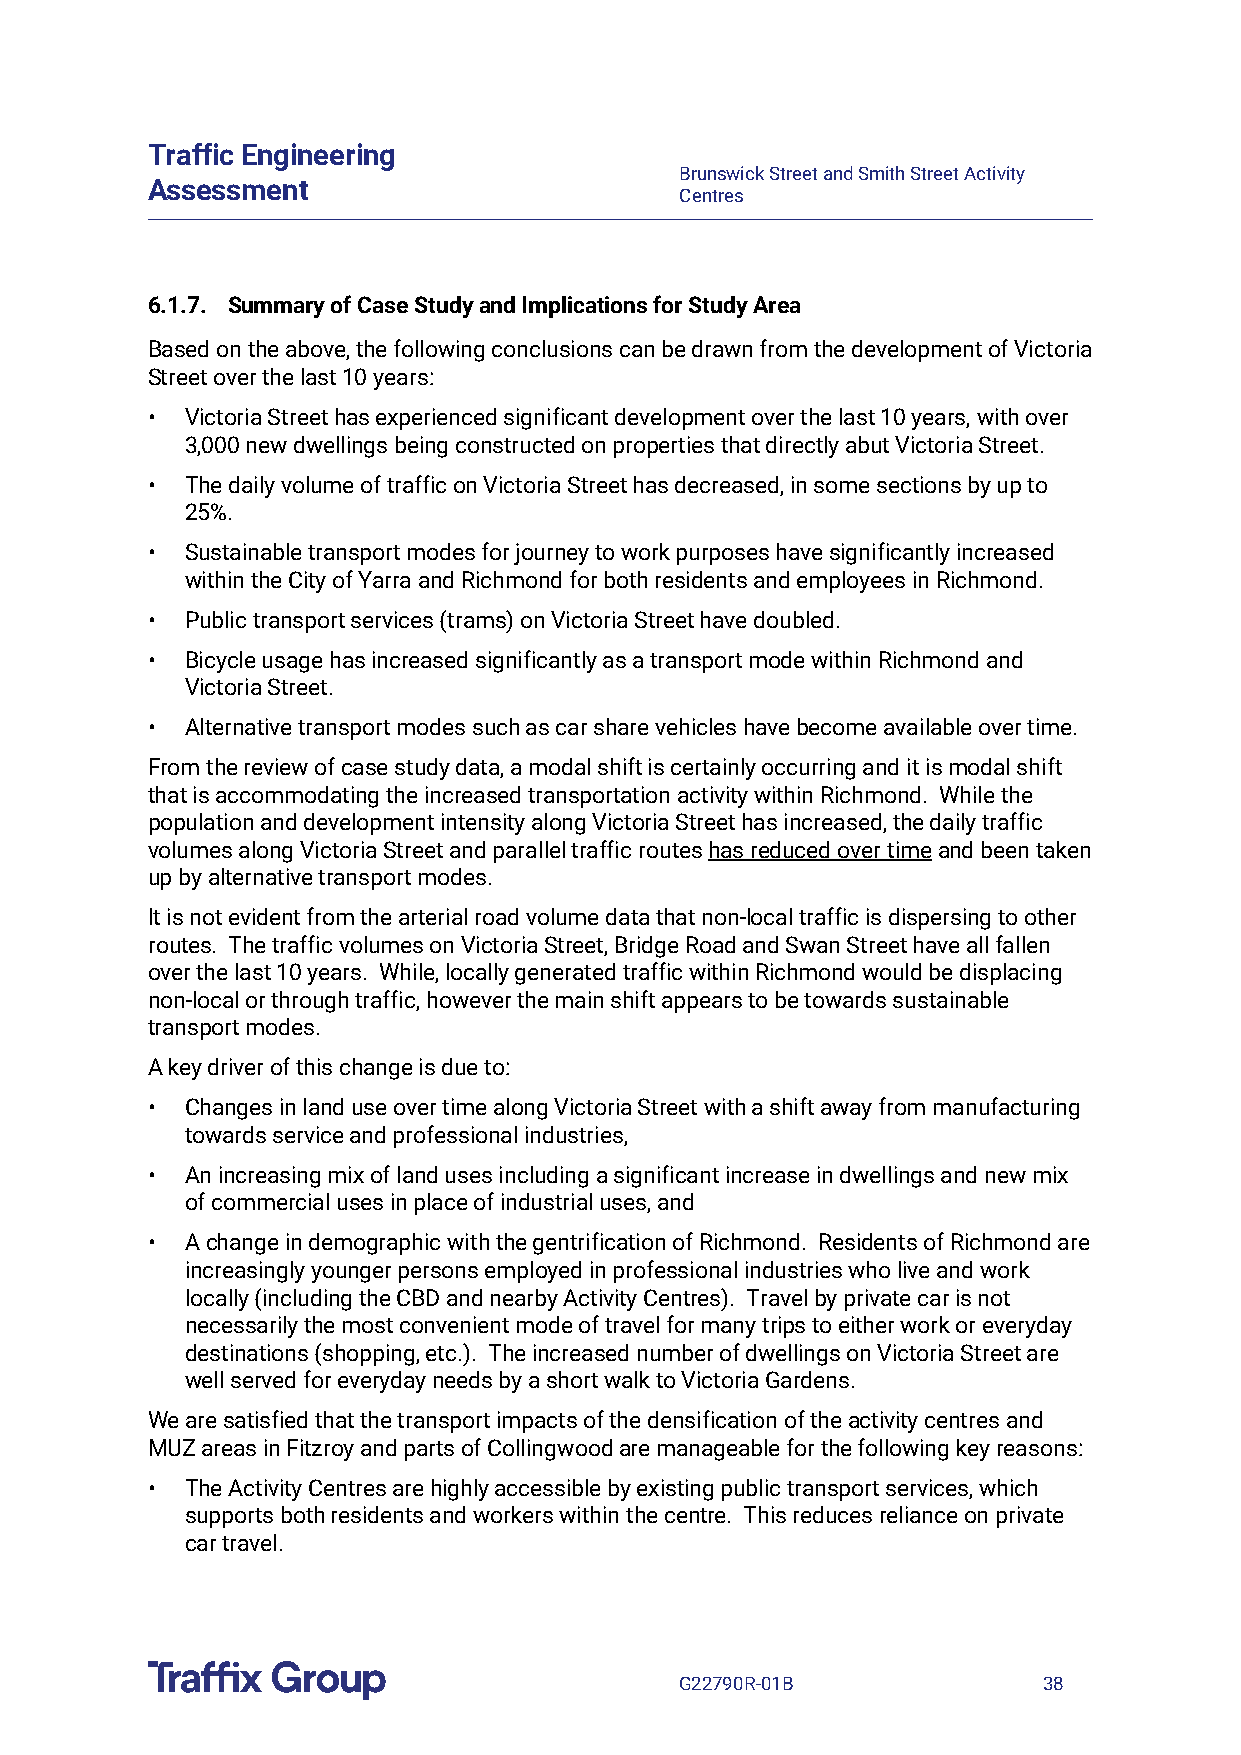
Traffic Engineering
 Brunswick Street and Smith Street Activity
 Assessment
 Centres
 6.1.7. Summary of Case Study and Implications for Study Area
 Based on the above, the following conclusions can be drawn from the development of Victoria
 Street over the last 10 years:
 • Victoria Street has experienced significant development over the last 10 years, with over
 3,000 new dwellings being constructed on properties that directly abut Victoria Street.
 • The daily volume of traffic on Victoria Street has decreased, in some sections by up to
 25%.
 • Sustainable transport modes for journey to work purposes have significantly increased
 within the City of Yarra and Richmond for both residents and employees in Richmond.
 • Public transport services (trams) on Victoria Street have doubled.
 • Bicycle usage has increased significantly as a transport mode within Richmond and
 Victoria Street.
 • Alternative transport modes such as car share vehicles have become available over time.
 From the review of case study data, a modal shift is certainly occurring and it is modal shift
 that is accommodating the increased transportation activity within Richmond. While the
 population and development intensity along Victoria Street has increased, the daily traffic
 volumes along Victoria Street and parallel traffic routes has reduced over time and been taken
 up by alternative transport modes.
 It is not evident from the arterial road volume data that non-local traffic is dispersing to other
 routes. The traffic volumes on Victoria Street, Bridge Road and Swan Street have all fallen
 over the last 10 years. While, locally generated traffic within Richmond would be displacing
 non-local or through traffic, however the main shift appears to be towards sustainable
 transport modes.
 A key driver of this change is due to:
 • Changes in land use over time along Victoria Street with a shift away from manufacturing
 towards service and professional industries,
 • An increasing mix of land uses including a significant increase in dwellings and new mix
 of commercial uses in place of industrial uses, and
 • A change in demographic with the gentrification of Richmond. Residents of Richmond are
 increasingly younger persons employed in professional industries who live and work
 locally (including the CBD and nearby Activity Centres). Travel by private car is not
 necessarily the most convenient mode of travel for many trips to either work or everyday
 destinations (shopping, etc.). The increased number of dwellings on Victoria Street are
 well served for everyday needs by a short walk to Victoria Gardens.
 We are satisfied that the transport impacts of the densification of the activity centres and
 MUZ areas in Fitzroy and parts of Collingwood are manageable for the following key reasons:
 • The Activity Centres are highly accessible by existing public transport services, which
 supports both residents and workers within the centre. This reduces reliance on private
 car travel.
 G22790R-01B             38